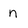
Character: n